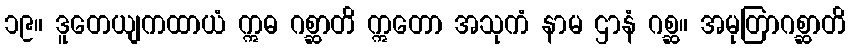
၁၉။ ဒူတေယျကထာယံ ဣဓ ဂစ္ဆာတိ ဣတော အသုကံ နာမ ဌာနံ ဂစ္ဆ။ အမုတြာဂစ္ဆာတိ